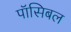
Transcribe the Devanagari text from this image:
पॉसिबल